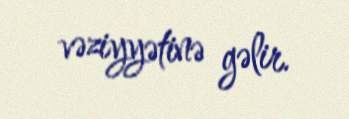
vəziyyətinə gəlir.